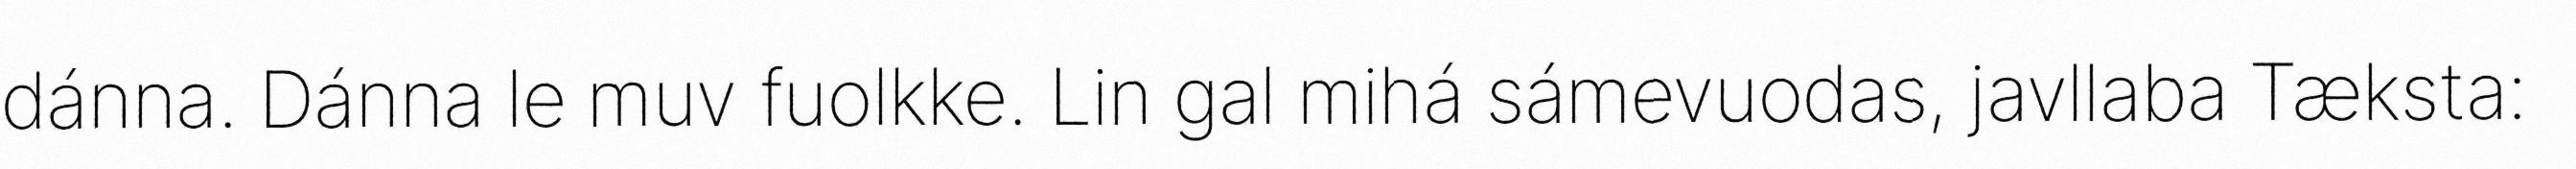
dánna. Dánna le muv fuolkke. Lin gal mihá sámevuodas, javllaba Tæksta: